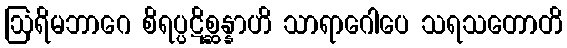
ဩရိမဘာဂေ စိရပ္ပဋိစ္ဆန္နာဟိ သာရာဂေါပေ သရသတောတိ